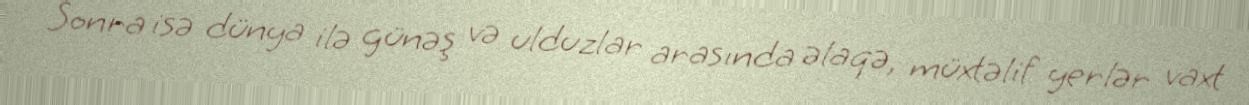
Sonra isə dünya ilə günəş və ulduzlar arasında əlaqə, müxtəlif yerlər vaxt